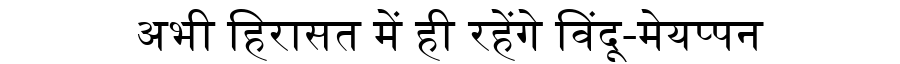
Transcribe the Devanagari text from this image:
अभी हिरासत में ही रहेंगे विंदू-मेयप्पन